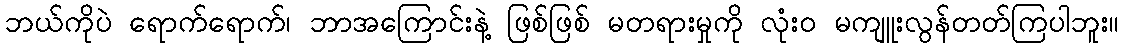
ဘယ်ကိုပဲ ရောက်ရောက်၊ ဘာအကြောင်းနဲ့ ဖြစ်ဖြစ် မတရားမှုကို လုံး၀ မကျူးလွန်တတ်ကြပါဘူး။